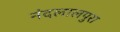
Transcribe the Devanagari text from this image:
नंदलालपुरा